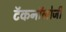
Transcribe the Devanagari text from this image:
टॅकनॉलोजी